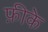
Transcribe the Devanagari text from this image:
फ़ीके